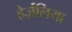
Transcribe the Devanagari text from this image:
हेर्ज़लिया